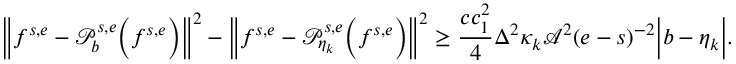
\Big \| f ^ { s , e } - \mathcal { P } _ { b } ^ { s , e } \Big ( f ^ { s , e } \Big ) \Big \| ^ { 2 } - \Big \| f ^ { s , e } - \mathcal { P } _ { \eta _ { k } } ^ { s , e } \Big ( f ^ { s , e } \Big ) \Big \| ^ { 2 } \geq \frac { c c _ { 1 } ^ { 2 } } { 4 } \Delta ^ { 2 } \kappa _ { k } \mathcal { A } ^ { 2 } ( e - s ) ^ { - 2 } \Big | b - \eta _ { k } \Big | .